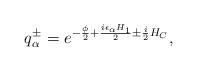
LaTeX: \begin{align*}q_{\alpha}^{\pm}=e^{-{\phi\over2}+{i\epsilon_\alpha H_{1}\over2}\pm {i\over2}H_{C}},\end{align*}